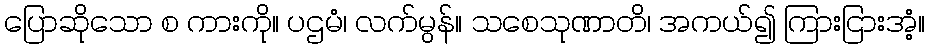
ပြောဆိုသော စ ကားကို။ ပဌမံ၊ လက်မွန်။ သစေသုဏာတိ၊ အကယ်၍ ကြားငြားအံ့။